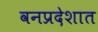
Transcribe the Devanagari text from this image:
वनप्रदेशात